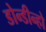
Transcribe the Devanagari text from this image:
डोन्डीन्हो